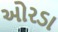
ઓરડા